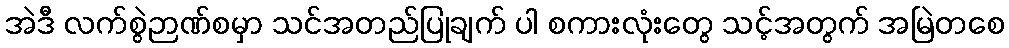
အဲဒီ လက်စွဲဉာဏ်စမှာ သင်အတည်ပြုချက် ပါ စကားလုံးတွေ သင့်အတွက် အမြဲတစေ